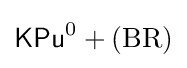
{\mathsf {KPu}}^{0}+(\mathrm {BR} )